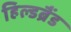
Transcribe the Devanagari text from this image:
हिल्डब्रैंड